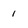
Character: 1